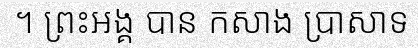
។ ព្រះអង្គ បាន កសាង ប្រាសាទ